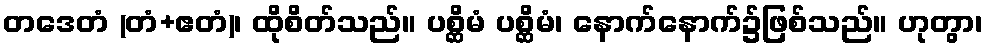
တဒေတံ (တံ+ဧတံ)၊ ထိုစိတ်သည်။ ပစ္ဆိမံ ပစ္ဆိမံ၊ နောက်နောက်၌ဖြစ်သည်။ ဟုတွာ၊